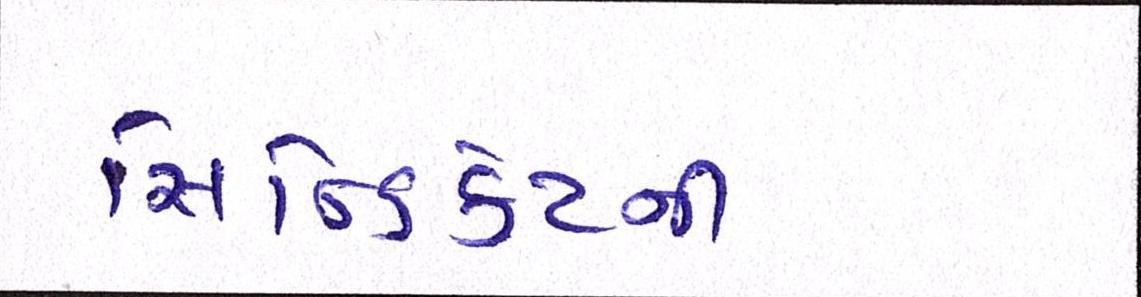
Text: સિન્ડિકેટની